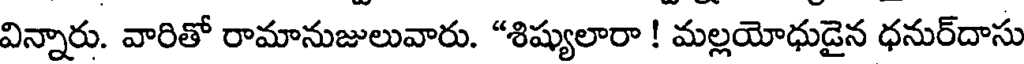
విన్నారు. వారితో రామానుజులువారు. "శిష్యులారా ! మల్లయోధుడైన ధనుర్దాసు